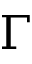
\Gamma